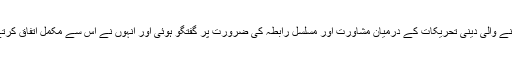
ان سے ’’ورلڈاسلامک فورم‘‘ کے پروگرام اور مقاصد کے حوالے سے مسلم ممالک میں کام کرنے والی دینی تحریکات کے درمیان مشاورت اور مسلسل رابطہ کی ضرورت پر گفتگو ہوئی اور انہوں نے اس سے مکمل اتفاق کرتے ہوئے ۱۸ جولائی کو لندن میں منعقد ہونے والی کانفرنس میں شرکت کی دعوت قبول فرمائی۔